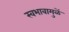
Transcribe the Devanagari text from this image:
स्वभावामुळें